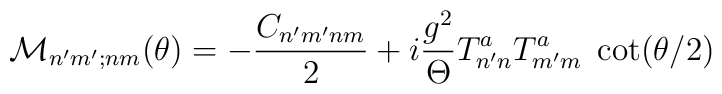
{\cal M}_{n^\prime m^\prime;nm}(\theta)= -\frac{C_{n^\prime m^\prime n m}}{2}+i\frac{g^2}{\Theta} T^{a}_{n^\prime n}T^{a}_{m^\prime m} \; \cot(\theta/2)